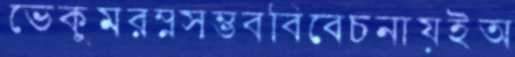
ভেকুমরম্নসম্ভববিবেচনায়ইঅ